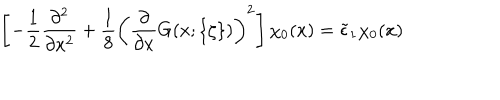
\left[ - \frac 1 2 \frac { \partial ^ { 2 } } { \partial x ^ { 2 } } + \frac 1 8 \left( \frac { \partial } { \partial x } G ( x ; \{ \zeta \} ) \right) ^ { 2 } \right] \chi _ { 0 } ( x ) = \tilde { \epsilon } _ { 1 } \chi _ { 0 } ( x )